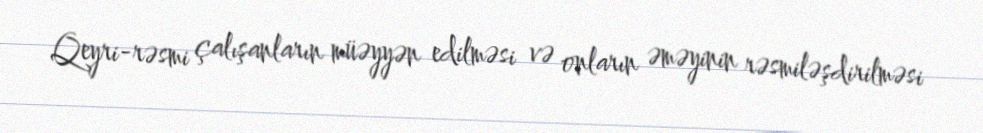
Qeyri-rəsmi çalışanların müəyyən edilməsi və onların əməyinin rəsmiləşdirilməsi